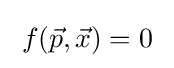
\;f({\vec {p}},{\vec {x}})=0\;